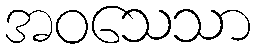
အဝသေသာ